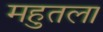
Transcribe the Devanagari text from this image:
महुतला